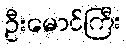
ဦးမောင်ကြီး